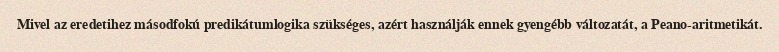
Mivel az eredetihez másodfokú predikátumlogika szükséges, azért használják ennek gyengébb változatát, a Peano-aritmetikát.